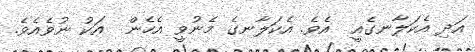
އަދި އެކަލާނގެއީ  އެވެ. އެކަލާނގެ މެނުވީ އެހެން  އަކު ނުވެއެވެ.